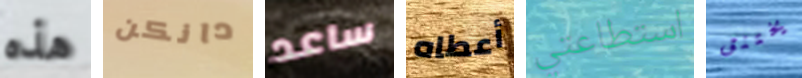
هذه دانكن ساعد أعطاه استطاعتي يختنق